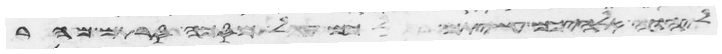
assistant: ליהוה אלהיכם עשיתם לכם עגל מסכה סרתם מהר